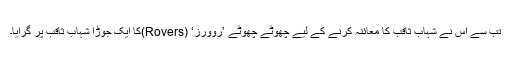
تب سے اس نے شہاب ثاقب کا معائنہ کرنے کے لیے چھوٹے چھوٹے ’روورز‘ (Rovers)کا ایک جوڑا شہاب ثاقب پر گرایا۔